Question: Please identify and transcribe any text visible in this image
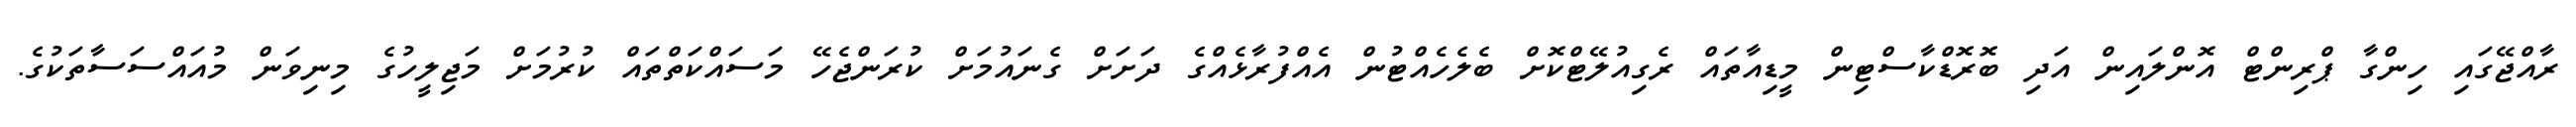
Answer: ރާއްޖޭގައި ހިންގާ ޕްރިންޓް އޮންލައިން އަދި ބޮރޮޑްކާސްޓިން މީޑިއާތައް ރެގިއުލޭޓްކޮށް ބެލެހެއްޓުން އެއްފުރާޅެއްގެ ދަށަށް ގެނައުމަށް ކުރަންޖެހޭ މަސައްކަތްތައް ކުރުމަށް މަޖިލީހުގެ މިނިވަން މުއައްސަސާތަކުގެ.